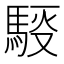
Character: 𲋸